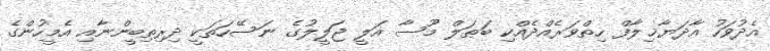
އެދުވަހު އާދަޔާޚިލާފް ހިތްވަރެއްދެއްކި ބަޠަލް މޫސާ އަލީ ޖަލީލުގެ ނަސޭހަތަކީ ދިރިތިބީންނާއި އެމީހުންގެ